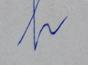
Signature authenticity: forged